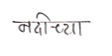
मजकूर: नदीच्या